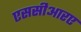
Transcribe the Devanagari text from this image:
एससीआरए